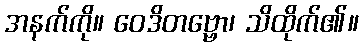
အနက်ကို။ ဝေဒိတဗ္ဗော၊ သိထိုက်၏။